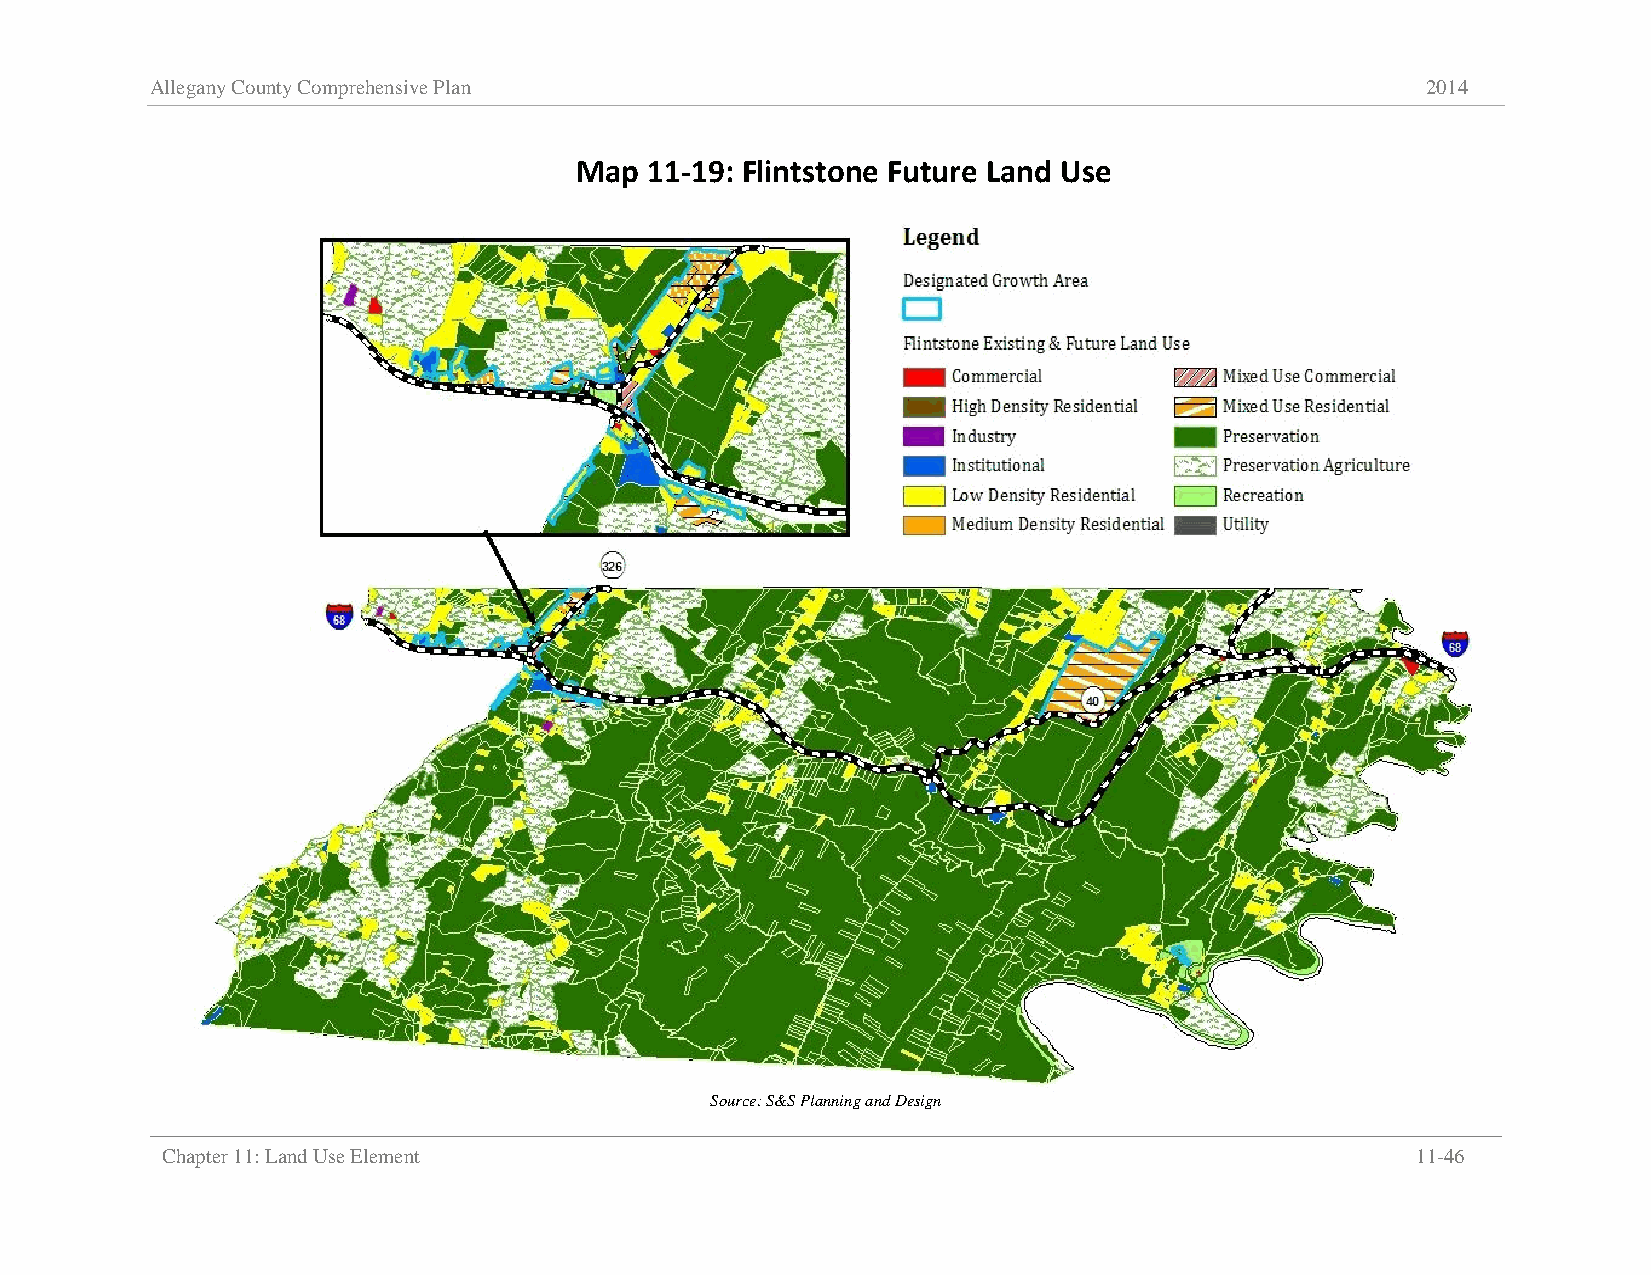
Allegany County Comprehensive Plan                                                  2014
 Map  11-19: Flintstone Future Land Use
 Source: S&S Planning and Design
 Chapter 11: Land Use Element                                                       11-46